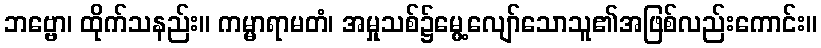
ဘဗ္ဗော၊ ထိုက်သနည်း။ ကမ္မာရာမတံ၊ အမှုသစ်၌မွေ့လျော်သောသူ၏အဖြစ်လည်းကောင်း။